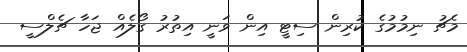
މެޗު ނިމުމުގެ ކުރިން ސިޓީ އިން ވަނީ އިތުރު ގޯލެއް ޖަހާ ޗެލްސީ